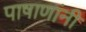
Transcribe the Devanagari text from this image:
पाषाणांनी